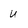
Character: u